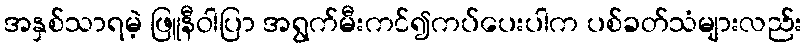
အနှစ်သာရမဲ့ ဖြူနီဝါပြာ အရွက်မီးကင်၍ကပ်ပေးပါက ပစ်ခတ်သံများလည်း